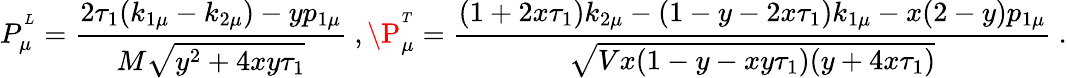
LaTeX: P_{\mu}^{^L}=\frac{2\tau_{1}(k_{1\mu}-k_{2\mu})-yp_{1\mu}}{M\sqrt{y^{2}+4xy\tau_{1}}}\ ,\P_{\mu}^{^T}=\frac{(1+2x\tau_{1})k_{2\mu}-(1-y-2x\tau_{1})k_{1\mu}-x(2-y)p_{1\mu}}{\sqrt{Vx(1-y-xy\tau_{1})(y+4x\tau_{1})}}\ .